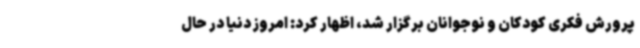
پرورش فکری کودکان و نوجوانان برگزار شد، اظهار کرد: امروز دنیا در حال